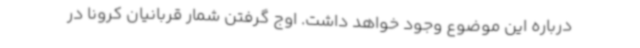
درباره این موضوع وجود خواهد داشت. اوج گرفتن شمار قربانیان کرونا در